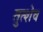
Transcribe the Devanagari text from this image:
तुत्शेव